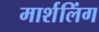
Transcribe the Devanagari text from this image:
मार्शलिंग